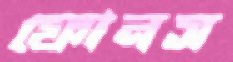
ফোনস